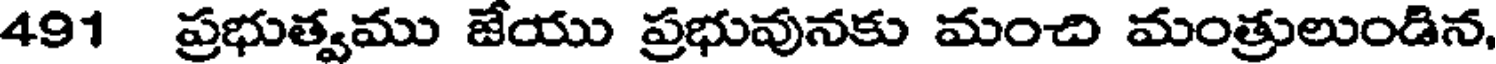
491 ప్రభుత్వము జేయు ప్రభువునకు మంచి మంత్రులుండిన,